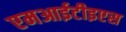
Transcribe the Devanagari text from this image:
एमआईटीइएस